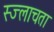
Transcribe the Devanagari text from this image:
स्ज्लाचता